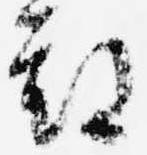
期